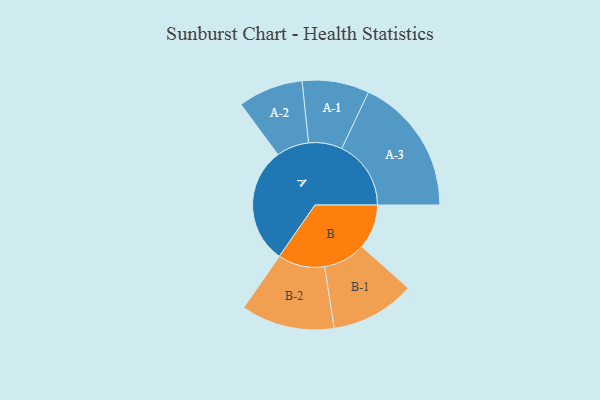
{"axis": {"x": "Segment", "y": "Value"}, "legend": ["", "A", "B"], "data": [{"x": "A", "y": 483, "type": ""}, {"x": "B", "y": 185, "type": ""}, {"x": "A-1", "y": 139, "type": "A"}, {"x": "A-2", "y": 135, "type": "A"}, {"x": "A-3", "y": 287, "type": "A"}, {"x": "B-1", "y": 175, "type": "B"}, {"x": "B-2", "y": 194, "type": "B"}]}